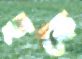
ছকে